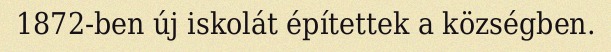
1872-ben új iskolát építettek a községben.